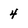
Character: 4